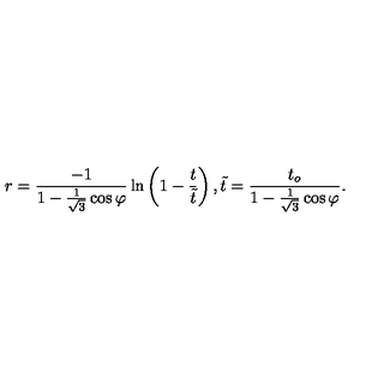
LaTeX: r = \frac { - 1 } { 1 - \frac { 1 } { \sqrt { 3 } } \cos { \varphi } } \ln \left( 1 - \frac { t } { \tilde { t } } \right) , \tilde { t } = \frac { t _ { o } } { 1 - \frac { 1 } { \sqrt { 3 } } \cos { \varphi } } .